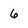
Character: 6